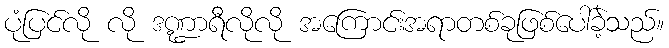
ပုံပြင်လို လို ဒဏ္ဍာရီလိုလို အကြောင်းအရာတစ်ခုဖြစ်ပေါ်ခဲ့သည်။